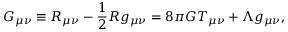
G _ { \mu \nu } \equiv R _ { \mu \nu } - \frac { 1 } { 2 } R g _ { \mu \nu } = 8 \pi G T _ { \mu \nu } + \Lambda g _ { \mu \nu } ,